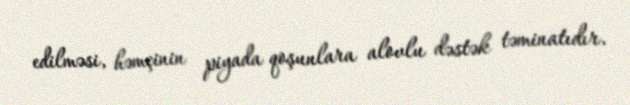
edilməsi, həmçinin piyada qoşunlara alovlu dəstək təminatıdır.